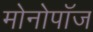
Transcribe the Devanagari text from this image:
मोनोपॉज